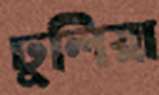
ঢুলিয়া